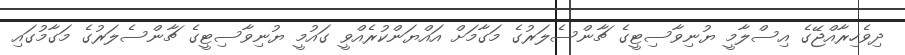
ދިވެހިރާއްޖޭގެ އިސްލާމީ ޔުނިވާސިޓީގެ ޗާންސެލަރުގެ މަގާމަށް އައްޔަންކުރެއްވީ ގައުމީ ޔުނިވާސިޓީގެ ޗާންސެލަރުގެ މަގާމުގައި